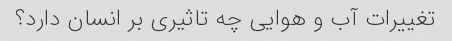
تغییرات آب و هوایی چه تاثیری بر انسان دارد؟